Indian journal of veterinary science and animal husbandry - Volumes 18-21, 1948-1951
Year: 1948
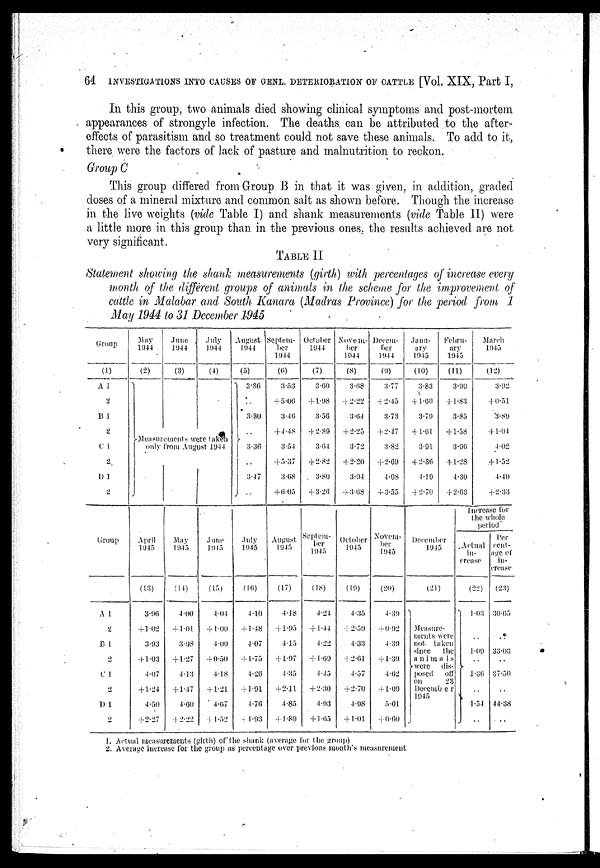
64
INVESTIGATIONS INTO CAUSES OF GENL. DETERIORATION OF CATTLE [Vol. XIX, Part I,
In this group, two animals died showing clinical symptoms and post-mortem
appearances of strongyle infection. The deaths can be attributed to the after-
effects of parasitism and so treatment could not save these animals. To add to it,
there were the factors of lack of pasture and malnutrition to reckon.
Group C
This group differed from Group B in that it was given, in addition, graded
doses of a mineral mixture and common salt as shown before. Though the increase
in the live weights (vide Table I) and shank measurements (vide Table II) were
a little more in this group than in the previous ones, the results achieved are not
very significant.
TABLE II
Statement showing the shank measurements (girth) with percentages of increase every
month of the different groups of animals in the scheme for the improvement of
cattle in Malabar and South Kanara (Madras Province) for the period from 1
May 1944 to 31 December 1945
Group
(1)
A 1
2
B 1
2
C 1
2
D 1
2
May
1944
(2)
June
1944
(3)
July
1944
(4)
Measurements were taken
only from August 1944
August
1944
(5)
3.36
3.30
3.36
3.47
..
Septem-
ber
1944
(6)
3.53
+5.06
3.46
+4.48
3.54
+5.37
3.68
+6.05
October
1044
(7)
3.60
+1.98
3.56
+2.89
3.64
+2.82
3.80
+3.26
Novem-
ber
1944
(8)
3.68
+2.22
3.64
+2.25
3.72
+2.20
3.94
+3.68
Decem
ber
1944
(9)
3.77
+2.45
3.73
+ 2-J7
3.82
+2.69
4.08
+3.55
-----
ary
1945
(10)
3.83
+1.60
3.79
+1.61
3.91
+2.36
4.19
+2.70
Febru-
ary
1945
(11)
3.90
+1.83
3.85
+1.58
3.96
+1.28
4.30
+2.63
March
1945
(12)
3.92
+0.51
3.89
+1.04
4.02
+1.52
4.40
+2.33
Group
A 1.
2
B 1
2
C 1
2
D 1
2
April
1945
(13)
3.96
+1.02
3.93
+1.03
4.07
+1.24
4.50
+2.27
May
1945
(14)
4.00
+1.01
3.98
+1.27
4.13
+ 1.47
4.60
+2.22
June
1945
(15)
4.04
+1.00
4.00
+0.50
4.18
+1.21
4.67
+1.52
July
1045
(16)
4.10
+1.48
4.07
+1.75
4.26
+1.91
4.76
+1.93
August
1945
(17)
4.18
+1.95
4.15
+1.97
4.35
+2.11
4.85
+1.89
Septem-
ber
1945
(18)
4.24
+1.44
4.22
+1.69
4.45
+2.30
4.93
+1.65
October
1045
(19)
4.35
+2.59
4.33
+2.61
4.57
+2.70
4.98
+1.01
Novem-
ber
1945
(20)
4.39
+0.92
4.39
+1.39
4.62
+1.09
5-01
+0.60
December
1945
(21)
Measure-
ments were
not taken
since
the
animals
were
dis-
posed
off
on
23
December
1945
Increase for
the whole
period
Actual
in-
crease
(22)
1.03
..
1.09
1.36
..
1.54
..
Per
cent-
age of
in-
crease
(23)
30.65
..
33.03
37.50
..
44.38
..
1. Actual measurements (girth) of the shank (average for the group)
2. Average increase for the group as percentage over previous month's measurement